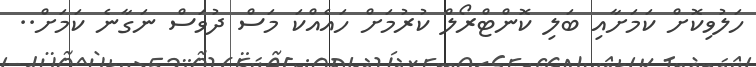
ހަލުވިކޮށް ކަމަށާއި ބަލި ކޮންޓްރޯލް ކުރުމަށް ހައެއްކަ މަސް ދުވަސް ނަގާނެ ކަމަށް..